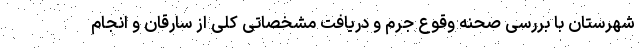
شهرستان با بررسی صحنه وقوع جرم و دریافت مشخصاتی کلی از سارقان و انجام